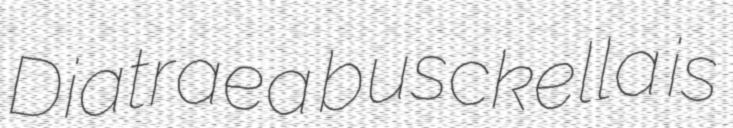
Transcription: Diatraea busckella is